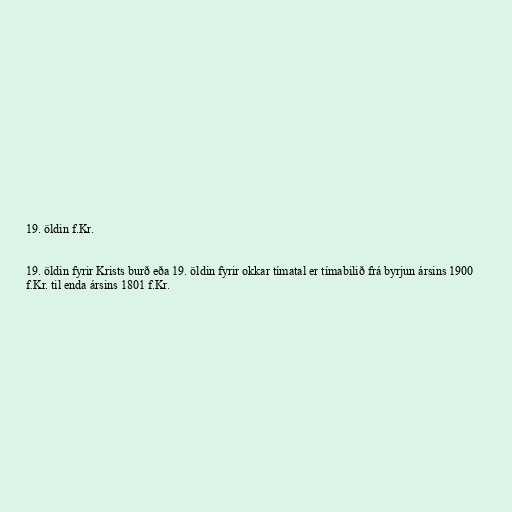
19. öldin f.Kr.

19. öldin fyrir Krists burð eða 19. öldin fyrir okkar tímatal er tímabilið frá byrjun ársins 1900
f.Kr. til enda ársins 1801 f.Kr.